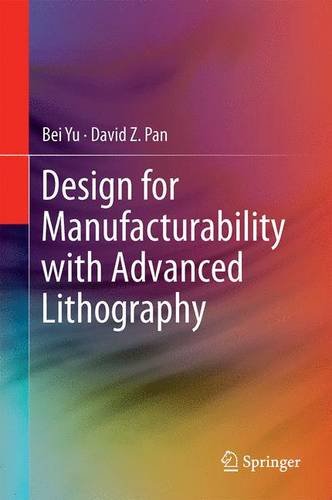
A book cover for Design for Manufacturability with Advanced Lithography; Bei Yu; Engineering & Transportation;